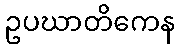
ဥပဃာတိကေန